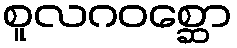
စူလဂဝစ္ဆော